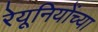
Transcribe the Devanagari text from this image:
रेयूनियोंच्या